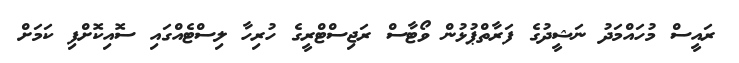
ރައީސް މުހައްމަދު ނަޝީދުގެ ފަރާތްޕުޅުން ވޯޓާސް ރަޖިސްޓްރީގެ ހުރިހާ ލިސްޓެއްގައި ސޮއިކޮށްފި ކަމަށް